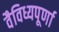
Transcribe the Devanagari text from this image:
वैविध्यपूर्णा